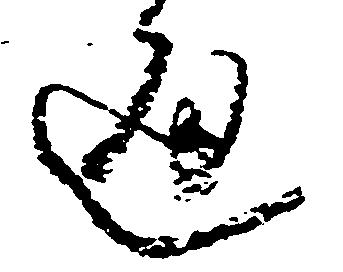
通